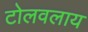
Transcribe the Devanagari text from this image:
टोलवलाय